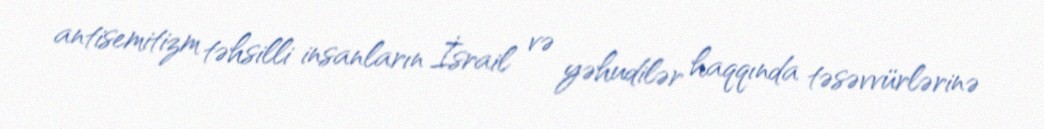
antisemitizm təhsilli insanların İsrail və yəhudilər haqqında təsəvvürlərinə